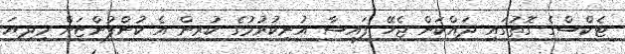
ޓެކްސްގެ ގޮތުގައި ދައްކަން ޖެހޭ ފައިސާ އުނިކުރުމުގެ ކުރިން އެ ކުންފުންޏަށް މިދިޔަ